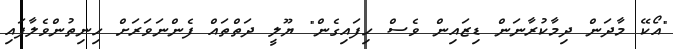
"އޯކޭ މާދަން ދިމާކުރާނަން ޑިޒައިން ވެސް ހިފައިގެން" ޔޫލީ ދަތްތައް ފެންނަވަރަށް ހިނިތުންވެލާފައި